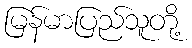
မြန်မာပြည်သူတို့